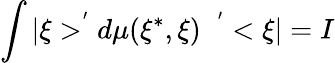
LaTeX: \int|\xi>^{^{\prime}}d\mu(\xi^{*},\xi)\; \; ^{^{\prime}}<\xi|=I